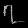
Digit: ၇